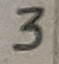
Text: 3